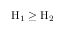
\mathrm { H } _ { 1 } \geq \mathrm { H } _ { 2 }